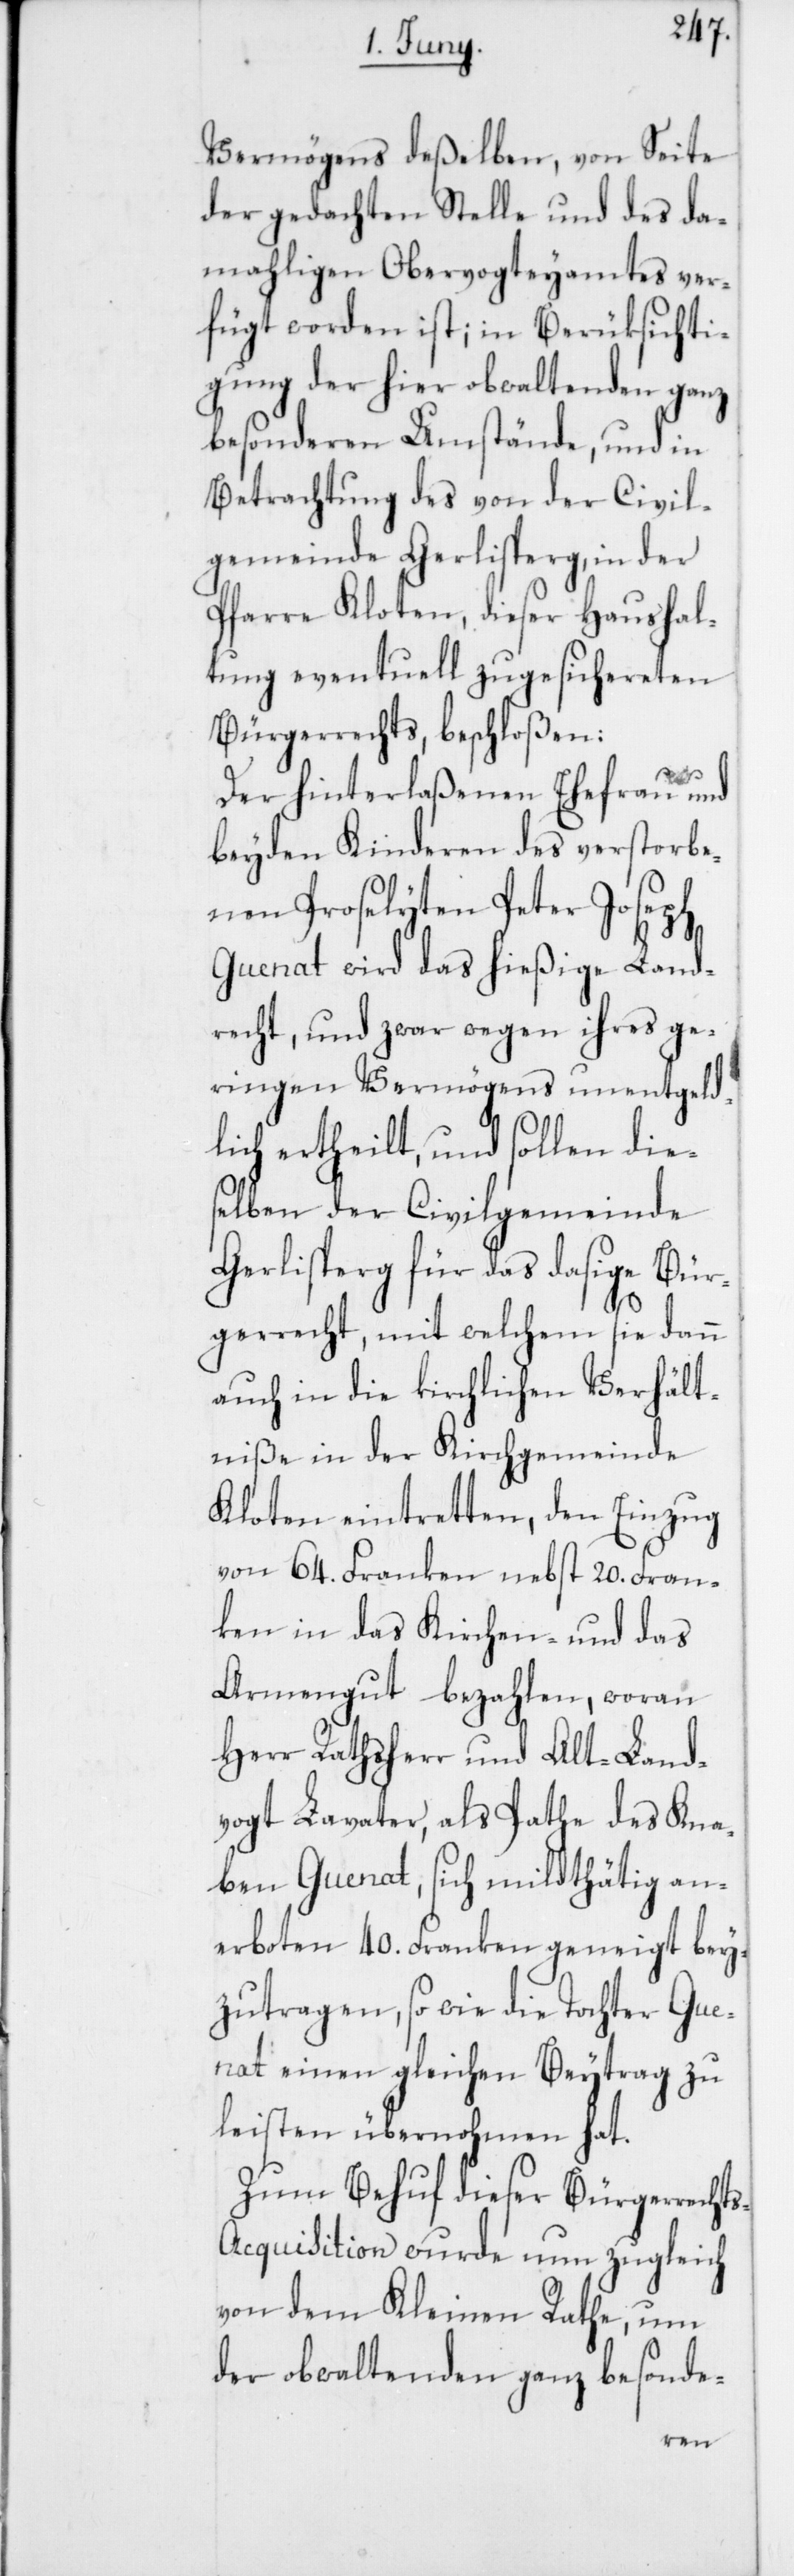
Vermögens deßelben, von Seite
der gedachten Stelle und des da¬
mahligen Obervorgteyamtes ver¬
fügt worden ist; in Berüksichti¬
gung der hier obwaltenden ganz
besonderen Umstände, und in
Betrachtung des von der Civil¬
gemeinde Gerlisperg, in der
Pfarre Kloten, dieser Haushal¬
tung eventuell zugesichereten
Bürgerrechts, beschloßen:
Der hinterlaßenen Ehefrau und
beyden Kinderen des verstorbe¬
nen Proselyten Peter Joseph
Guenat wird das hießige Land¬
recht, und zwar wegen ihres ge¬
ringen Vermögens unentgeld¬
lich ertheilt, und sollen dies¬
elben der Civilgemeinde
Gerlisperg für das dasige Bür¬
gerrecht, mit welchem sie dann
auch in die kirchlichen Verhält¬
niße in der Kirchgemeinde
Kloten eintretten, den Einzug
von 64. Franken nebst 20. Fran¬
ken in das Kirchen- und das
Armengut bezahlen, woran
Herr Rathsherr und Alt-Land¬
vogt Lavater, als Pathe des Kna¬
ben Guenat, sich mildthätig an¬
erboten 40. Franken geneigt bey¬
zutragen, so wie die Tochter Gue¬
nat einen gleichen Beytrag zu
leisten übernohmen hat.
Zum Behuf dieser Bürgerrecht¬
s-Acquisition wurde nun zugleich
von dem Kleinen Rathe, um
der obwaltenden ganz besonde-